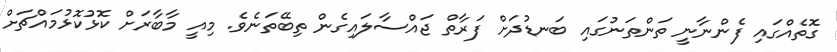
ގޮތެއްގައި ފެންނާނީ ތަންތަނުގައި ބަނޑުދަށް ފަރާތް ޖައްސާލައިގެން ތިބޭތަނެވެ. މިއީ މާބާރަށް ކޮޅުކޮޅުމައްޗަށް